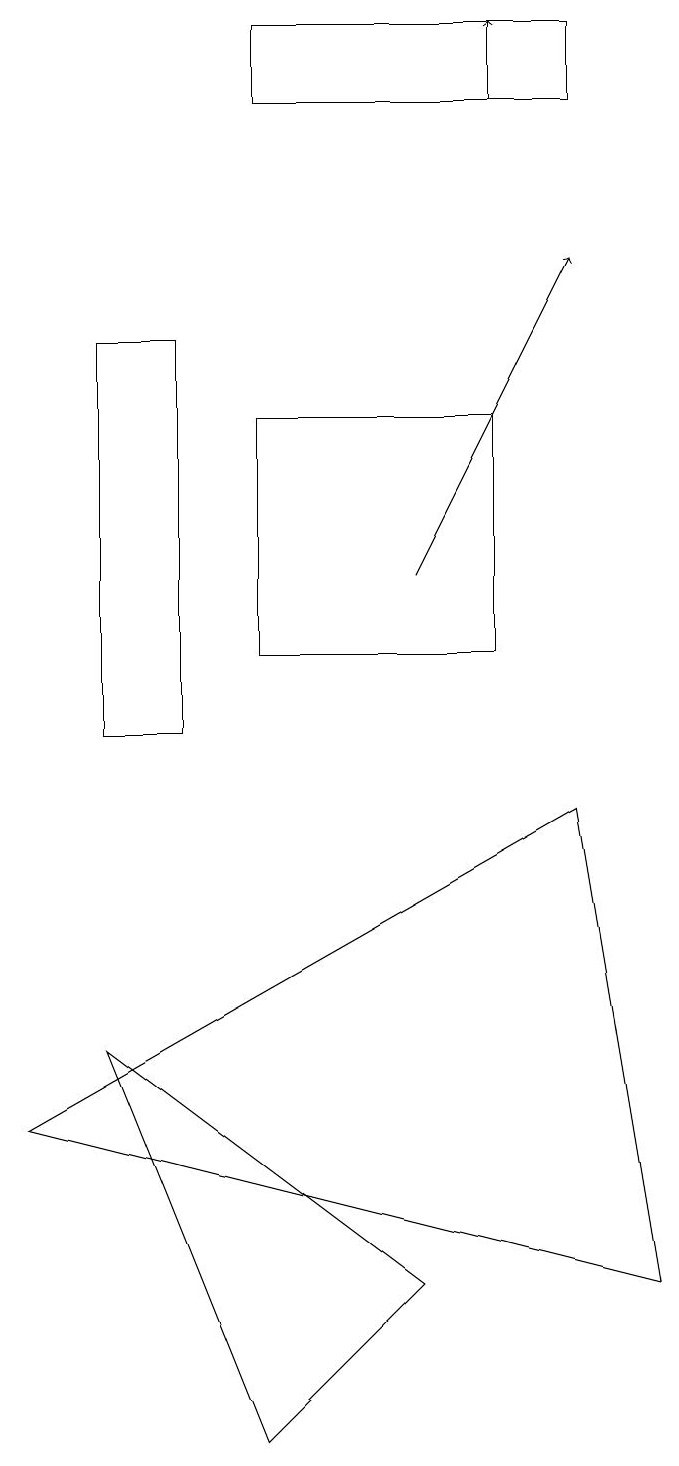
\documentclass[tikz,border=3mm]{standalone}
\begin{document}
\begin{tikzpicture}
\draw (3,1) -- (1,6) -- (5,3) -- cycle;
\draw[->] (6,18) -- (6,19);
\draw (8,3) -- (0,5) -- (7,9) -- cycle;
\draw (3,19) rectangle (7,18);
\draw (1,10) rectangle (2,15);
\draw (3,14) rectangle (6,11);
\draw[->] (5,12) -- (7,16);
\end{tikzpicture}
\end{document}